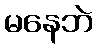
မနေဘဲ